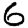
Digit: 6